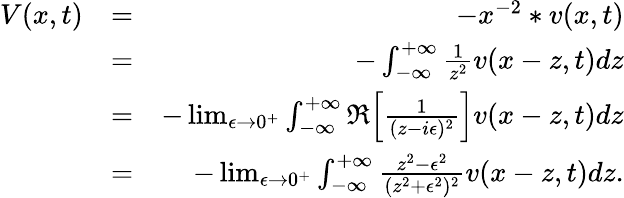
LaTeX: \begin{array}{rlr}{V(x,t)}&{=}&{-x^{-2}*v(x,t)}\\ &{=}&{-\int_{-\infty}^{+\infty}\frac{1}{z^{2}}v(x-z,t)dz}\\ &{=}&{-\operatorname*{lim}_{\epsilon\to 0^{+}}\int_{-\infty}^{+\infty}\Re\Big[\frac{1}{(z-i\epsilon)^{2}}\Big]v(x-z,t)dz}\\ &{=}&{-\operatorname*{lim}_{\epsilon\to 0^{+}}\int_{-\infty}^{+\infty}\frac{z^{2}-\epsilon^{2}}{(z^{2}+\epsilon^{2})^{2}}v(x-z,t)dz.}\end{array}